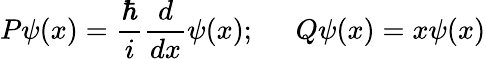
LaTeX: P\psi(x)=\frac{\hbar}{i}\frac{d}{dx}\psi(x);\; \; \; \; \; Q\psi(x)=x\psi(x)